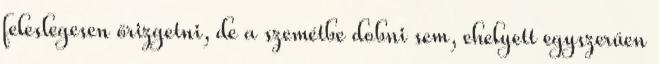
feleslegesen őrizgetni, de a szemétbe dobni sem, ehelyett egyszerűen